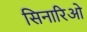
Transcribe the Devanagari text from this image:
सिनारिओ